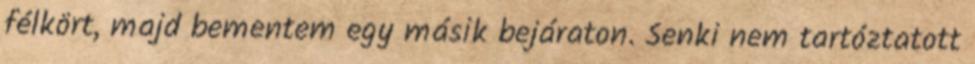
félkört, majd bementem egy másik bejáraton. Senki nem tartóztatott